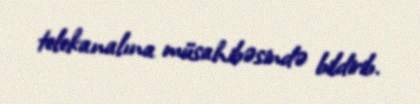
telekanalına müsahibəsində bildirib.